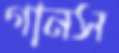
গানস